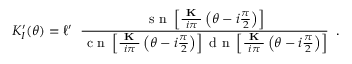
K _ { I } ^ { \prime } ( \theta ) = \ell ^ { \prime } \; \; \frac { \textrm { s n } \left[ \frac { \textbf { K } } { i \pi } \left( \theta - i \frac { \pi } { 2 } \right) \right] } { \textrm { c n } \left[ \frac { \textbf { K } } { i \pi } \left( \theta - i \frac { \pi } { 2 } \right) \right] \textrm { d n } \left[ \frac { \textbf { K } } { i \pi } \left( \theta - i \frac { \pi } { 2 } \right) \right] } \, \, \, .